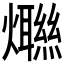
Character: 𤑿